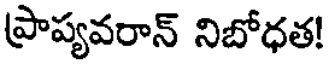
ప్రాప్యవరాన్ నిబోధత!